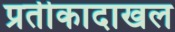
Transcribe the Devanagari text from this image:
प्रतीकादाखल